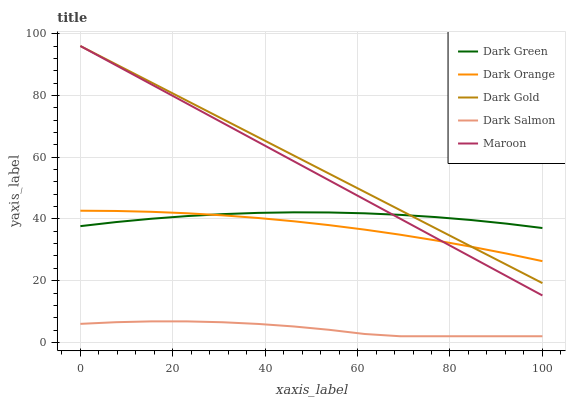
| xaxis_label | Dark Green | Dark Orange | Dark Gold | Dark Salmon | Maroon |
 | --- | --- | --- | --- | --- | --- |
 | 0 | 37.7 | 42.7 | 96 | 6.01 | 96 |
 | 7.69 | 39 | 42.6 | 90.1 | 6.55 | 89.8 |
 | 15.4 | 40.1 | 42.3 | 84.2 | 6.82 | 83.6 |
 | 23.1 | 40.9 | 41.8 | 78.3 | 6.81 | 77.4 |
 | 30.8 | 41.6 | 41.2 | 72.4 | 6.54 | 71.1 |
 | 38.5 | 42 | 40.3 | 66.5 | 5.99 | 64.9 |
 | 46.2 | 42.1 | 39.2 | 60.6 | 5.17 | 58.7 |
 | 53.8 | 42.1 | 38 | 54.7 | 4.09 | 52.5 |
 | 61.5 | 41.8 | 36.5 | 48.7 | 2.73 | 46.3 |
 | 69.2 | 41.3 | 34.9 | 42.8 | 2 | 40.1 |
 | 76.9 | 40.6 | 33 | 36.9 | 2 | 33.9 |
 | 84.6 | 39.6 | 31 | 31 | 2 | 27.6 |
 | 92.3 | 38.5 | 28.8 | 25.1 | 2 | 21.4 |
 | 100 | 37.1 | 26.3 | 19.2 | 2 | 15.2 |